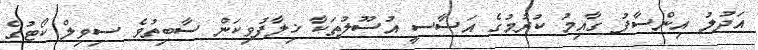
އަދުލު އިންސާފު ގާއިމު ކުރުމުގެ އަސާސީ އުސޫލުތަކާ ޚިލާފުވިކަން ސާބިތުވެ ސިވިލް ކޯޓުގެ